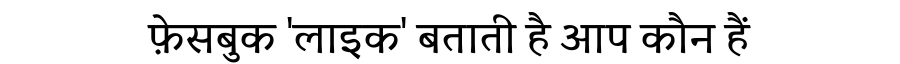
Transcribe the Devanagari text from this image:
फ़ेसबुक 'लाइक' बताती है आप कौन हैं